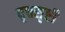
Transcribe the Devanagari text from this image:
वृत्तसृष्टी